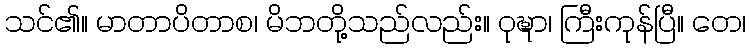
သင်၏။ မာတာပိတာစ၊ မိဘတို့သည်လည်း။ ဝုဍ္ဎာ၊ ကြီးကုန်ပြီ။ တေ၊